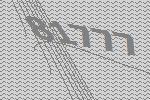
81777